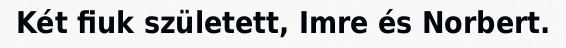
Két fiuk született, Imre és Norbert.